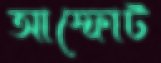
আস্ফোট